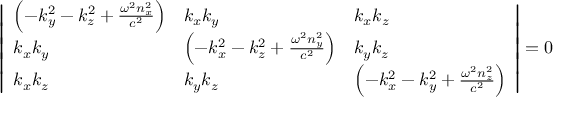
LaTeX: { \left| \begin{array} { l l l } { \left( - k _ { y } ^ { 2 } - k _ { z } ^ { 2 } + { \frac { \omega ^ { 2 } n _ { x } ^ { 2 } } { c ^ { 2 } } } \right) } & { k _ { x } k _ { y } } & { k _ { x } k _ { z } } \\ { k _ { x } k _ { y } } & { \left( - k _ { x } ^ { 2 } - k _ { z } ^ { 2 } + { \frac { \omega ^ { 2 } n _ { y } ^ { 2 } } { c ^ { 2 } } } \right) } & { k _ { y } k _ { z } } \\ { k _ { x } k _ { z } } & { k _ { y } k _ { z } } & { \left( - k _ { x } ^ { 2 } - k _ { y } ^ { 2 } + { \frac { \omega ^ { 2 } n _ { z } ^ { 2 } } { c ^ { 2 } } } \right) } \end{array} \right| } = 0